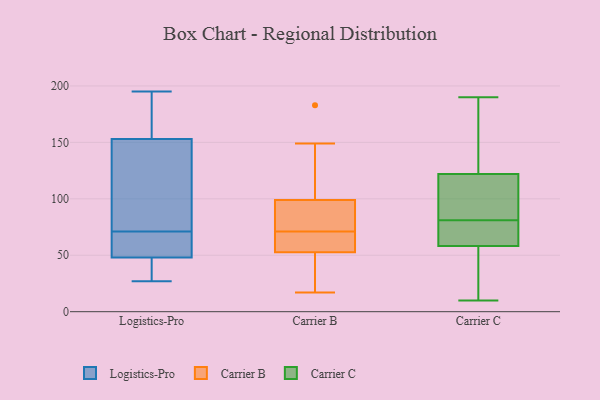
{"axis": {"x": "Humidity (%)", "y": "Value"}, "legend": ["Carrier B", "Carrier C", "Logistics-Pro"], "data": [{"x": "", "y": 190, "type": "Logistics-Pro"}, {"x": "", "y": 146, "type": "Logistics-Pro"}, {"x": "", "y": 195, "type": "Logistics-Pro"}, {"x": "", "y": 57, "type": "Logistics-Pro"}, {"x": "", "y": 160, "type": "Logistics-Pro"}, {"x": "", "y": 115, "type": "Logistics-Pro"}, {"x": "", "y": 33, "type": "Logistics-Pro"}, {"x": "", "y": 27, "type": "Logistics-Pro"}, {"x": "", "y": 60, "type": "Logistics-Pro"}, {"x": "", "y": 57, "type": "Logistics-Pro"}, {"x": "", "y": 39, "type": "Logistics-Pro"}, {"x": "", "y": 82, "type": "Logistics-Pro"}, {"x": "", "y": 75, "type": "Carrier B"}, {"x": "", "y": 55, "type": "Carrier B"}, {"x": "", "y": 64, "type": "Carrier B"}, {"x": "", "y": 55, "type": "Carrier B"}, {"x": "", "y": 46, "type": "Carrier B"}, {"x": "", "y": 58, "type": "Carrier B"}, {"x": "", "y": 35, "type": "Carrier B"}, {"x": "", "y": 108, "type": "Carrier B"}, {"x": "", "y": 89, "type": "Carrier B"}, {"x": "", "y": 183, "type": "Carrier B"}, {"x": "", "y": 17, "type": "Carrier B"}, {"x": "", "y": 126, "type": "Carrier B"}, {"x": "", "y": 71, "type": "Carrier B"}, {"x": "", "y": 78, "type": "Carrier B"}, {"x": "", "y": 43, "type": "Carrier B"}, {"x": "", "y": 96, "type": "Carrier B"}, {"x": "", "y": 149, "type": "Carrier B"}, {"x": "", "y": 54, "type": "Carrier C"}, {"x": "", "y": 98, "type": "Carrier C"}, {"x": "", "y": 101, "type": "Carrier C"}, {"x": "", "y": 62, "type": "Carrier C"}, {"x": "", "y": 10, "type": "Carrier C"}, {"x": "", "y": 81, "type": "Carrier C"}, {"x": "", "y": 36, "type": "Carrier C"}, {"x": "", "y": 59, "type": "Carrier C"}, {"x": "", "y": 190, "type": "Carrier C"}, {"x": "", "y": 188, "type": "Carrier C"}, {"x": "", "y": 94, "type": "Carrier C"}, {"x": "", "y": 69, "type": "Carrier C"}, {"x": "", "y": 131, "type": "Carrier C"}, {"x": "", "y": 58, "type": "Carrier C"}, {"x": "", "y": 129, "type": "Carrier C"}]}